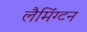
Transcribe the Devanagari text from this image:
लैमिंग्टन